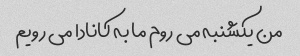
من یکشنبه می روم ما به کانادا می رویم